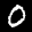
Label: 0